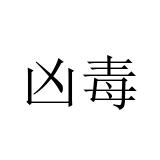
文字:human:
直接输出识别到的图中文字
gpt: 凶毒